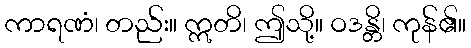
ကာရဏံ၊ တည်း။ ဣတိ၊ ဤသို့။ ဝဒန္တိ၊ ကုန်၏။